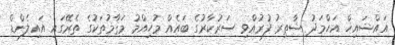
އައްޝައިޚް އަހްމަދު ޝާތިރު ފުރުއްވި ސަރުކާރުގެ ބައެއް މުހިއްމު މަޤާމުތަކުގެ ތެރޭގައި އައިލެންޑް